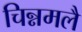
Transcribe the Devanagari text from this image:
चिन्नमलै